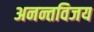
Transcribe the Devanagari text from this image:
अनन्तविजय